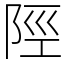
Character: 陘